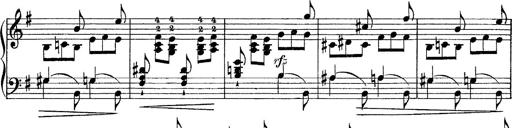
Title: Tarantelle di bravura dâ€™aprÃ¨s la tarantelle de La muette de Portici
Composer: Franz Liszt